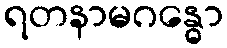
ရတနာမဂန္ဓော